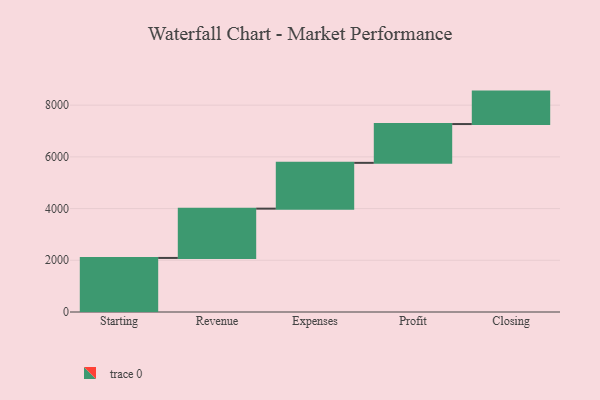
{"axis": {"x": "Step", "y": "Value"}, "legend": [""], "data": [{"x": "Starting", "y": 2091.0, "type": ""}, {"x": "Revenue", "y": 1907.0, "type": ""}, {"x": "Expenses", "y": 1771.0, "type": ""}, {"x": "Profit", "y": 1501.0, "type": ""}, {"x": "Closing", "y": 1255.0, "type": ""}]}